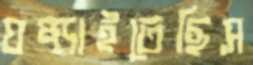
ঘষ্‌ড়াইতেছিস